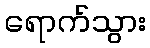
ရောက်သွား